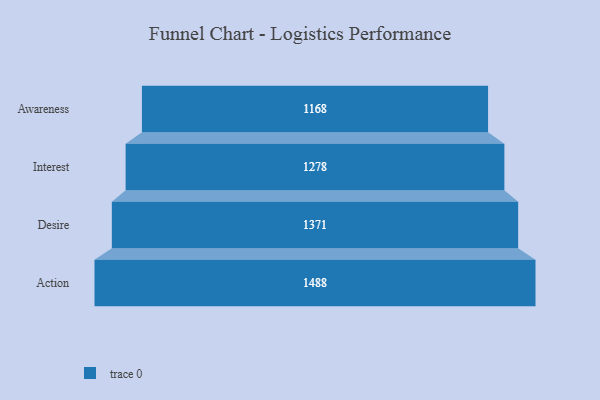
{"axis": {"x": "Stage", "y": "Value"}, "legend": [""], "data": [{"x": "Awareness", "y": 1168.0, "type": ""}, {"x": "Interest", "y": 1278.0, "type": ""}, {"x": "Desire", "y": 1371.0, "type": ""}, {"x": "Action", "y": 1488.0, "type": ""}]}